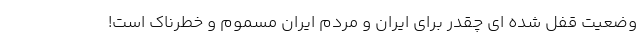
وضعیت قفل شده ای چقدر برای ایران و مردم ایران مسموم و خطرناک است!